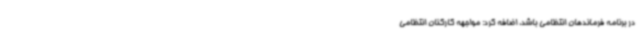
در برنامه فرماندهان انتظامی باشد، اضافه کرد: مواجهه کارکنان انتظامی